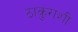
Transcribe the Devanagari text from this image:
ठाकुराशी